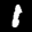
Label: 1